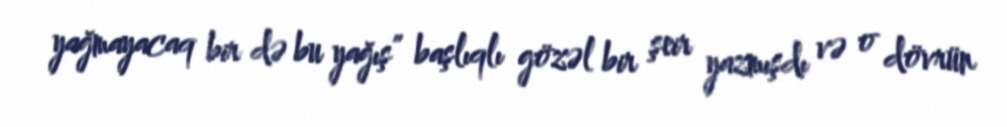
yağmayacaq bir də bu yağış” başlıqlı gözəl bir şeir yazmışdı və o dövrün